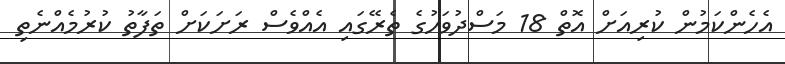
އެހެންކަމުން ކުރިއަށް އޮތް 18 މަސްދުވަހުގެ ތެރޭގައި އެއްވެސް ރަށަކަށް ތަފާތު ކުރުމެއްނެތި